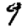
Digit: 9